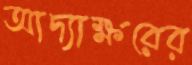
আদ্যাক্ষরের